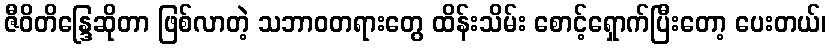
ဇီဝိတိန္ဒြေဆိုတာ ဖြစ်လာတဲ့ သဘာဝတရားတွေ ထိန်းသိမ်း စောင့်ရှောက်ပြီးတော့ ပေးတယ်၊